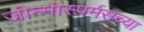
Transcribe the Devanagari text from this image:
जीन्मोस्पर्मसच्या